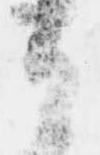
候